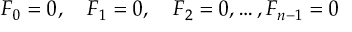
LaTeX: F _ { 0 } = 0 , \quad F _ { 1 } = 0 , \quad F _ { 2 } = 0 , \dots , F _ { n - 1 } = 0